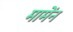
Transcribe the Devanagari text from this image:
मामेंन